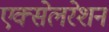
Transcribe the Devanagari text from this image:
एक्‍सेलरेशन